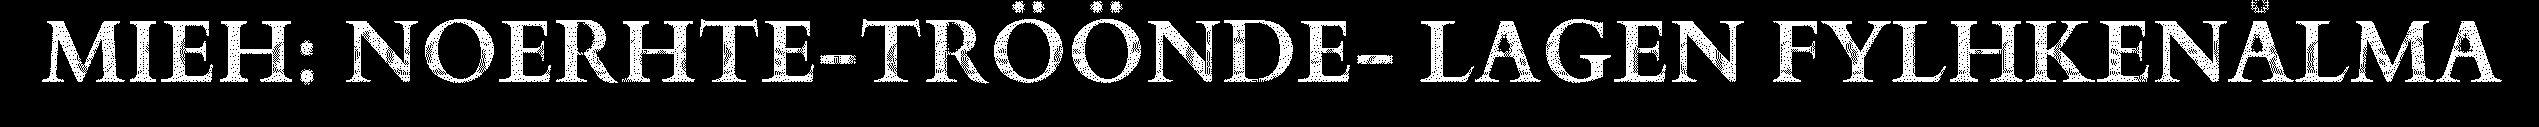
MIEH: NOERHTE-TRÖÖNDE- LAGEN FYLHKENÅLMA